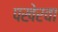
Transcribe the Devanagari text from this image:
पखेरवा